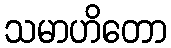
သမာဟိတော